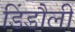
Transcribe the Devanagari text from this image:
डिंडौली